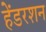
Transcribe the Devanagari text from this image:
हेंडरशन